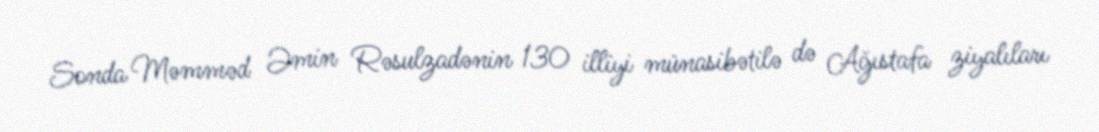
Sonda Məmməd Əmin Rəsulzadənin 130 illiyi münasibətilə də Ağıstafa ziyalıları